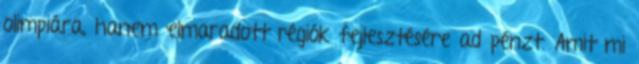
olimpiára, hanem elmaradott régiók fejlesztésére ad pénzt. Amit mi